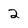
Character: 2